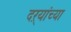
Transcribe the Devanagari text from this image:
दऱ्यांच्या